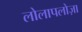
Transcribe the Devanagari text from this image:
लोलापलोज़ा